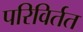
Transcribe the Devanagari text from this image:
परिविर्तत